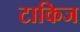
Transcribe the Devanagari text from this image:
टाकिज